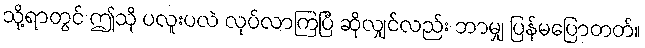
သို့ရာတွင် ဤသို ပလူးပလဲ လုပ်လာကြပြီ ဆိုလျှင်လည်း ဘာမျှ ပြန်မပြောတတ်။